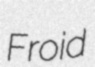
Froid